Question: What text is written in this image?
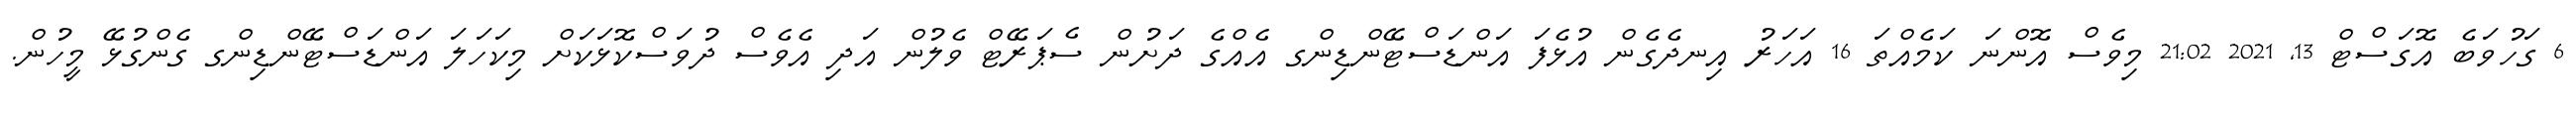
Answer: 6 ގަހުވަބެ އޮގަސްޓް 13, 2021 21:02 މިވެސް އޮންނަ ކަމެއްތަ 16 އަހަރު އިނދެގެން އުޅެފަ އަންޑަސްޓޭންޑިންގ އެއްގެ ދަށުން ސެޕަރޭޓް ވެލުން އަދި އެވެސް ދުވަސްކޮޅަކަށް މިކަހަލަ އަންޑަސްޓޭންޑިންގ ގެންގުޅޭ މީހުން.